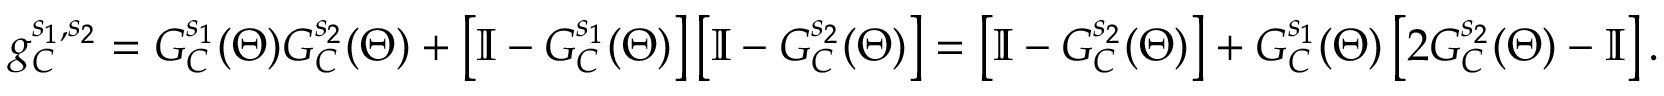
g _ { C } ^ { s _ { 1 } , s _ { 2 } } = G _ { C } ^ { s _ { 1 } } ( \Theta ) G _ { C } ^ { s _ { 2 } } ( \Theta ) + \left[ \mathbb { I } - G _ { C } ^ { s _ { 1 } } ( \Theta ) \right] \left[ \mathbb { I } - G _ { C } ^ { s _ { 2 } } ( \Theta ) \right] = \left[ \mathbb { I } - G _ { C } ^ { s _ { 2 } } ( \Theta ) \right] + G _ { C } ^ { s _ { 1 } } ( \Theta ) \left[ 2 G _ { C } ^ { s _ { 2 } } ( \Theta ) - \mathbb { I } \right] .